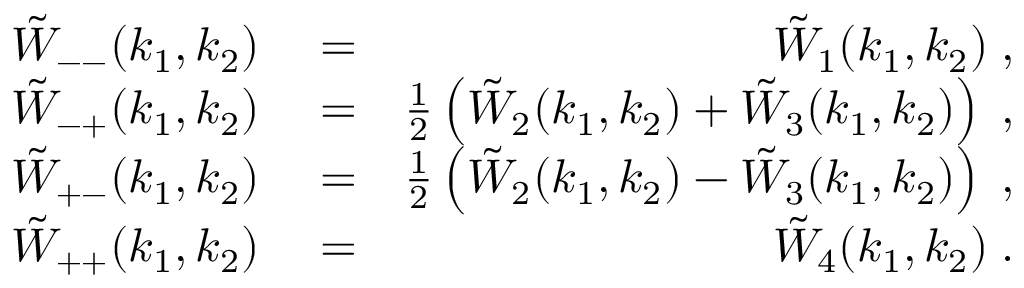
\begin{array} { r l r } { \tilde { W } _ { -- } ( k _ { 1 } , k _ { 2 } ) } & { { } = } & { \tilde { W } _ { 1 } ( k _ { 1 } , k _ { 2 } ) \; , } \\ { \tilde { W } _ { - + } ( k _ { 1 } , k _ { 2 } ) } & { { } = } & { \frac { 1 } { 2 } \left( \tilde { W } _ { 2 } ( k _ { 1 } , k _ { 2 } ) + \tilde { W } _ { 3 } ( k _ { 1 } , k _ { 2 } ) \right) \; , } \\ { \tilde { W } _ { + - } ( k _ { 1 } , k _ { 2 } ) } & { { } = } & { \frac { 1 } { 2 } \left( \tilde { W } _ { 2 } ( k _ { 1 } , k _ { 2 } ) - \tilde { W } _ { 3 } ( k _ { 1 } , k _ { 2 } ) \right) \; , } \\ { \tilde { W } _ { + + } ( k _ { 1 } , k _ { 2 } ) } & { { } = } & { \tilde { W } _ { 4 } ( k _ { 1 } , k _ { 2 } ) \; . } \end{array}